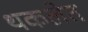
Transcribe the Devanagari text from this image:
थकलेत